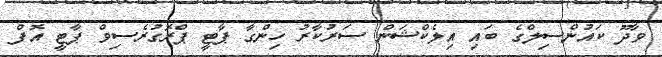
ވާދޫ ކައުންސިލްގެ ބައި އިލެކްޝަން ސަރުކާރު ހިންގާ ޕާޓީ ޕްރޮގުރެސިވް ޕާޓީ އޮފް